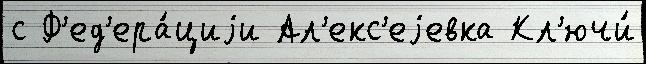
с Ф'ед'ера́циjи Ал'екс'еjевка Кл'ючи́